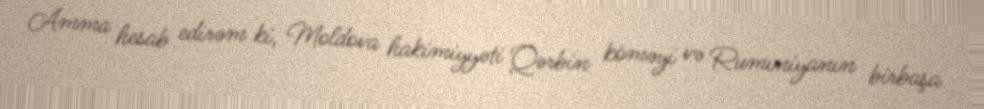
Amma hesab edirəm ki, Moldova hakimiyyəti Qərbin köməyi və Rumıniyanın birbaşa